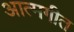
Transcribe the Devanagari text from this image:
आत्मगीत